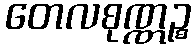
တေလစုဏ္ဏဉ္စ